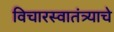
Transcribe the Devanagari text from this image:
विचारस्वातंत्र्याचे